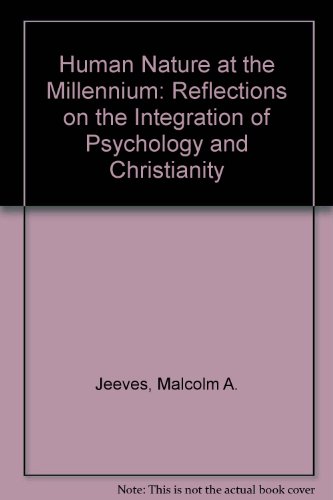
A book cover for Human Nature at the Millennium: Reflections on the Integration of Psychology and Christianity (Christian Explorations in Psychology); Malcolm A. Jeeves; Religion & Spirituality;